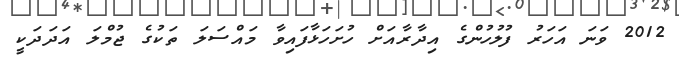
2012 ވަނަ އަހަރު ފުލުހުންގެ އިދާރާއަށް ހުށަހަޅާފައިވާ މައްސަލަ ތަކުގެ ޖުމްލަ އަދަދަކީ